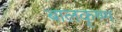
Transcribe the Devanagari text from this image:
बालकृष्‍ण